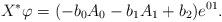
LaTeX: \begin{align*} X^*\varphi=(-b_0A_{0}-b_1A_{1}+b_2)e^{01}.\end{align*}